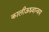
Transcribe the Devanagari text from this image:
कालीऊध्र्वान्वय